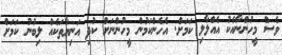
ވެސް މީހުންނާއެކު އެއްލާލި ކަމަށް. އެހެންކަމުން މީހުންނަށް ކުދި އަނިޔާތަކެއް ލިބުނު ކަމަށް